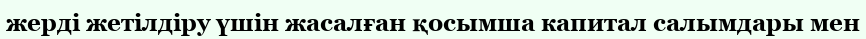
жерді жетілдіру үшін жасалған қосымша капитал салымдары мен